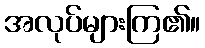
အလုပ်များကြ၏။